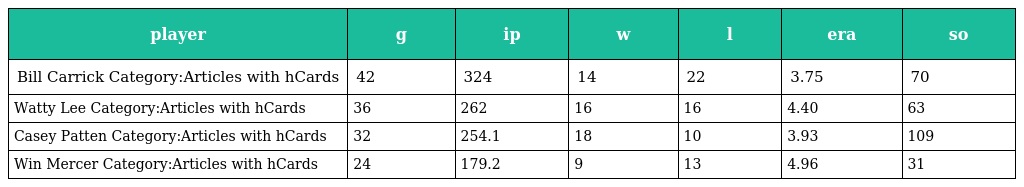
| player | g | ip | w | l | era | so |
 | --- | --- | --- | --- | --- | --- | --- |
 | Bill Carrick Category:Articles with hCards | 42 | 324 | 14 | 22 | 3.75 | 70 |
 | Watty Lee Category:Articles with hCards | 36 | 262 | 16 | 16 | 4.40 | 63 |
 | Casey Patten Category:Articles with hCards | 32 | 254.1 | 18 | 10 | 3.93 | 109 |
 | Win Mercer Category:Articles with hCards | 24 | 179.2 | 9 | 13 | 4.96 | 31 |